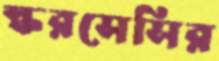
স্করসেসির